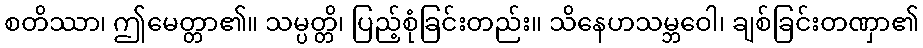
စတိဿာ၊ ဤမေတ္တာ၏။ သမ္ပတ္တိ၊ ပြည့်စုံခြင်းတည်း။ သိနေဟသမ္ဘဝေါ၊ ချစ်ခြင်းတဏှာ၏